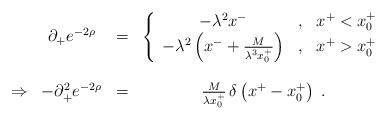
LaTeX: \begin{align*}\begin{array}{cccc}\ &\partial_+e^{-2\rho}&=&\left\{\begin{array}{ccc}-\lambda^2x^-&,&x^+<x^+_0\\-\lambda^2\left(x^-+{M\over{\lambda^3x^+_0}}\right)&,&x^+>x^+_0\end{array}\right.\\\\\Rightarrow&-\partial_+^2e^{-2\rho}&=&{M\over{\lambda x_0^+}}\,\delta\left(x^+-x_0^+\right)\;.\end{array}\end{align*}